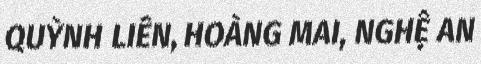
QUỲNH LIÊN, HOÀNG MAI, NGHỆ AN